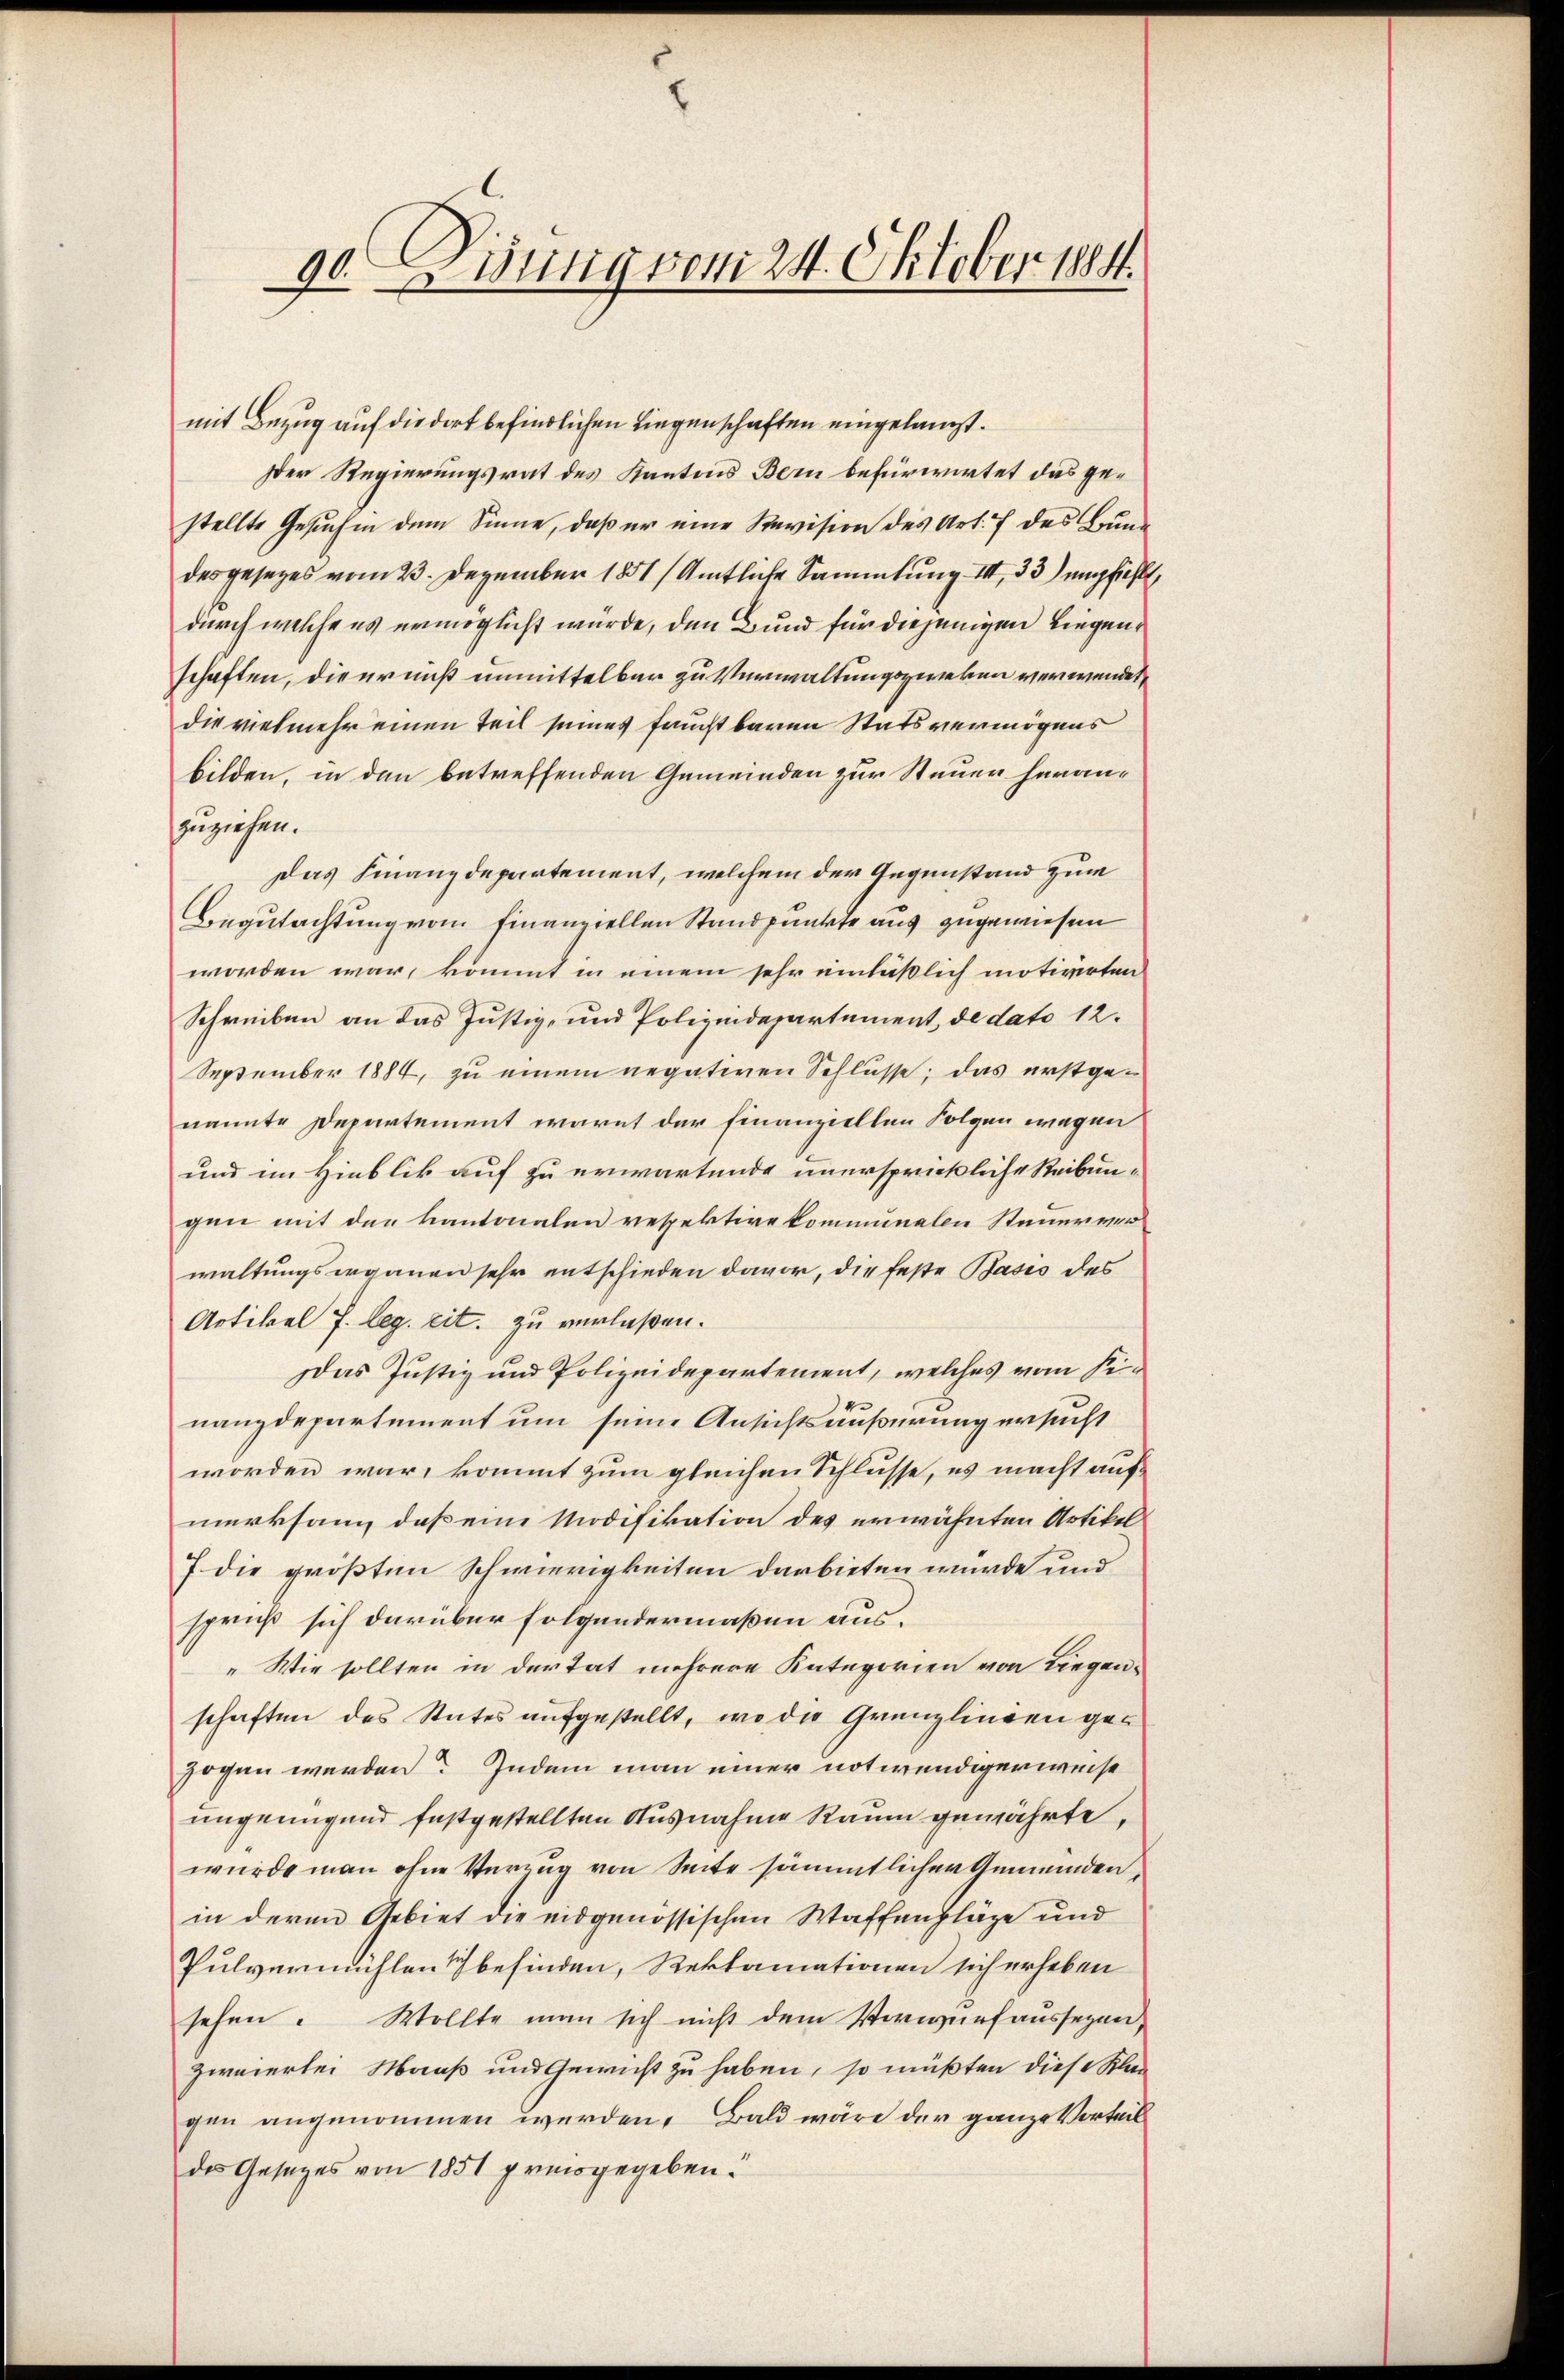
90. 2. Junig vom 24. Oktober 1884.

mit Bezug auf die dort befindlichen Liegenschaften eingelangt.
Der Regierungsrat des Kantons Bern befürwortet das gestellte Gesŭchen dem Sinne, daß er eine Revision des Art. 7 des Brund
desgesezes vom 23. Dezember 1851 Amtliche Sammlung III 33) empfiehlt,
durch welche es ermöglicht würde, den Bund für diejenigen Liegenschaften, die erniß unmittelbar zu Verwaltungszweken verwendet,
die vielmehr einen Teil seines fruchtbaren Statsvermögens
bilden, in den betreffenden Gemeinden zur Steuer heranzuziehen.
Das Finanzdepartement, welchem der Gegenstand zum
Begutachtung vom Finanziellen Standpunkte aus zugewiesen
worden war, kömmt in einem sehr einläßlich motivirten
Schreiben an das Justiz- und Polizeidepartement, de dato 12.
September 1884, zu einem negativen Schlüsse; das erstgenannte Departement warnt der finanziellen Folgen wegen
und im Hinblik auf zu erwartende unersprickliche Reibungen mit den kantonalen respektive kommunalen Steuerver
waltungserganen sehr entschieden davor, die feste Basis des
Artikel 7. leg. cit. zu verlaßen.
Das Justiz und Polizeidepartement, welches vom Finanzdepartement um seine Ansichtsäußerung ersucht
worden war, kommt zum gleichen Schlusse, es macht aufmerksam, daß eine Modifikation des erwähnten Artikel
7 die größten Schwierigkeiten darbieten würde und
spruß sich darüber folgendermaßen aus.
„Wie sollten in der tat mehrere Kategorien von Liegenschaften des Stutes aufgestellt, wo die Grenzlingen gezogen werden? Indem man einer notwendigerweise
ungenügend festgestellten Ausnahme Raum gewährte,
wurde man ohne Verzug von Seite sämmtlicher Gemeinden,
in deren Gebiet die eidgenössischen Waffenfläge und
Pulvermühlen befinden, Reklamationen sich erheben
sehen. Wollte man sich nicht dem Vorwurf aussezen,
zweiertei Maaß und Gewicht zu haben, so müßten diese Klan
gen angenommen werden. Bald wäre der ganze Vorteil
des Gesetzes von 1851 preisgegeben.